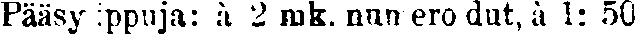
Pääsylippuja: à 2 mk. numeroidut, à 1: 50